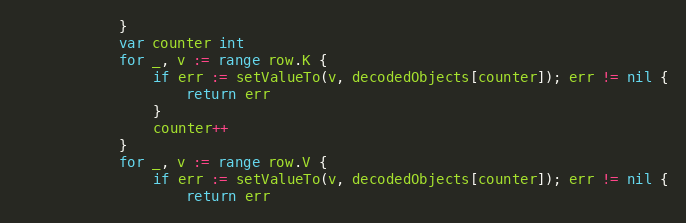
Language: Go
			}
			var counter int
			for _, v := range row.K {
				if err := setValueTo(v, decodedObjects[counter]); err != nil {
					return err
				}
				counter++
			}
			for _, v := range row.V {
				if err := setValueTo(v, decodedObjects[counter]); err != nil {
					return err